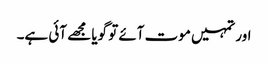
اور تمہیں موت آئے تو گویا مجھے آئی ہے۔